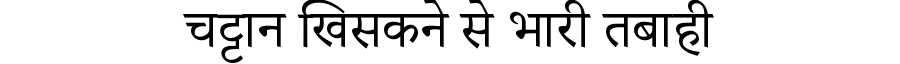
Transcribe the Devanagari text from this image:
चट्टान खिसकने से भारी तबाही